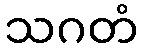
သဂတံ